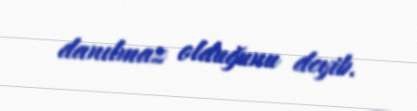
danılmaz olduğunu deyib.